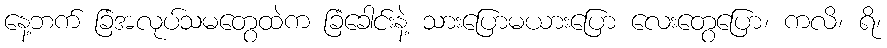
နေ့ဘက် ခြံအလုပ်သမတွေထဲက ခြံခေါင်းနဲ့ သားပြောမယားပြော လေးတွေပြော၊ ကလိ၊ ရိ၊